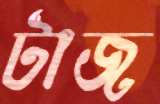
টাজ